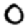
Digit: 0